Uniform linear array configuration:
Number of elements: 12
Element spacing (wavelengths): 0.5
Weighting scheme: cosine
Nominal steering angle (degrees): -45
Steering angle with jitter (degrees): -46.913
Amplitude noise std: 0.05
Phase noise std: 0.05

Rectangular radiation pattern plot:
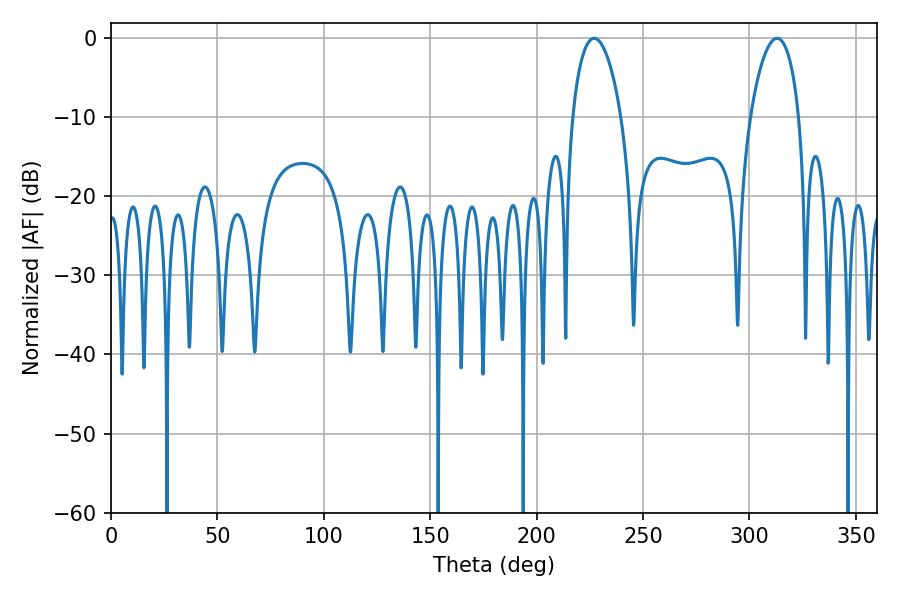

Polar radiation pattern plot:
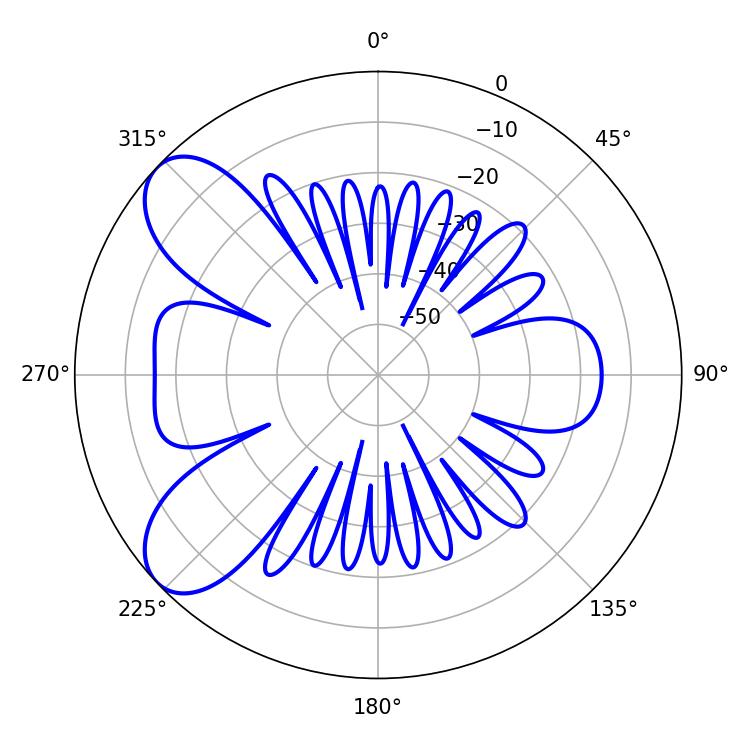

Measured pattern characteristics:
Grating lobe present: FALSE
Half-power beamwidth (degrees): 13.14
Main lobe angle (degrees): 226.98